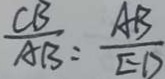
\frac { C B } { A B } = \frac { A B } { E D }